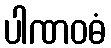
ပါဏဝဓံ